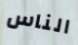
الناس